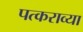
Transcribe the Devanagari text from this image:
पत्कराव्या